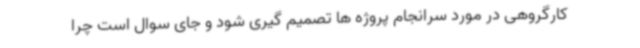
کارگروهی در مورد سرانجام پروژه ها تصمیم گیری شود و جای سوال است چرا